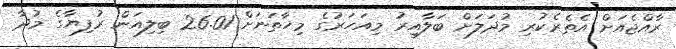
ރާއްޖެއަށް އެތެރެކުރި މުދަލަށް ބަލާއިރު މިއަހަރުގެ މިހާތަނަށް 26.01 ބިލިއަން ރުފިޔާގެ މުދާ